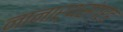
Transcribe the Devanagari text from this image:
नानार्थसंग्रह